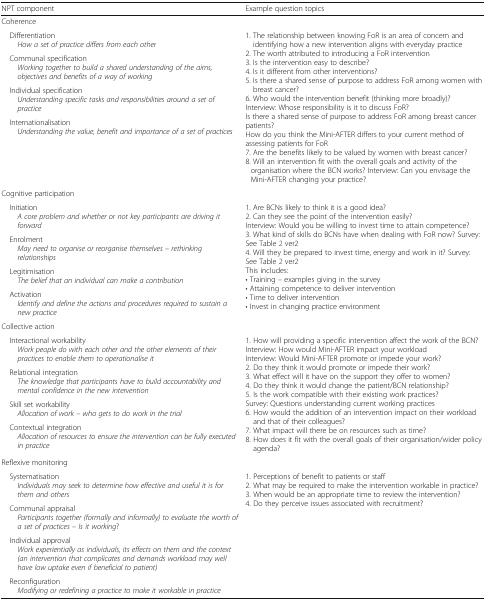
<table><thead><tr><td><b>NPT component</b></td><td><b>Example question topics</b></td></tr></thead><tbody><tr><td colspan="2">Coherence</td></tr><tr><td> Differentiation<i>How a set of practice differs from each other</i></td><td rowspan="4">1. The relationship between knowing FoR is an area of concern and identifying how a new intervention aligns with everyday practice2. The worth attributed to introducing a FoR intervention3. Is the intervention easy to describe?4. Is it different from other interventions?5. Is there a shared sense of purpose to address FoR among women with breast cancer?6. Who would the intervention benefit (thinking more broadly)?Interview: Whose responsibility is it to discuss FoR?Is there a shared sense of purpose to address FoR among breast cancer patients?How do you think the Mini-AFTER differs to your current method of assessing patients for FoR7. Are the benefits likely to be valued by women with breast cancer?8. Will an intervention fit with the overall goals and activity of the organisation where the BCN works? Interview: Can you envisage the Mini-AFTER changing your practice?</td></tr><tr><td> Communal specification<i>Working together to build a shared understanding of the aims, objectives and benefits of a way of working</i></td></tr><tr><td> Individual specification<i>Understanding specific tasks and responsibilities around a set of practice</i></td></tr><tr><td> Internationalisation<i>Understanding the value, benefit and importance of a set of practices</i></td></tr><tr><td colspan="2">Cognitive participation</td></tr><tr><td> Initiation<i>A core problem and whether or not key participants are driving it forward</i></td><td rowspan="4">1. Are BCNs likely to think it is a good idea?2. Can they see the point of the intervention easily?Interview: Would you be willing to invest time to attain competence?3. What kind of skills do BCNs have when dealing with FoR now? Survey: See Table 2 ver24. Will they be prepared to invest time, energy and work in it? Survey: See Table 2 ver2This includes:• Training – examples giving in the survey• Attaining competence to deliver intervention• Time to deliver intervention• Invest in changing practice environment</td></tr><tr><td> Enrolment<i>May need to organise or reorganise themselves – rethinking relationships</i></td></tr><tr><td> Legitimisation<i>The belief that an individual can make a contribution</i></td></tr><tr><td> Activation<i>Identify and define the actions and procedures required to sustain a new practice</i></td></tr><tr><td colspan="2">Collective action</td></tr><tr><td> Interactional workability<i>Work people do with each other and the other elements of their practices to enable them to operationalise it</i></td><td rowspan="4">1. How will providing a specific intervention affect the work of the BCN?Interview: How would Mini-AFTER impact your workloadInterview: Would Mini-AFTER promote or impede your work?2. Do they think it would promote or impede their work?3. What effect will it have on the support they offer to women?4. Do they think it would change the patient/BCN relationship?5. Is the work compatible with their existing work practices?Survey: Questions understanding current working practices6. How would the addition of an intervention impact on their workload and that of their colleagues?7. What impact will there be on resources such as time?8. How does it fit with the overall goals of their organisation/wider policy agenda?</td></tr><tr><td> Relational integration<i>The knowledge that participants have to build accountability and mental confidence in the new intervention</i></td></tr><tr><td> Skill set workability<i>Allocation of work – who gets to do work in the trial</i></td></tr><tr><td> Contextual integration<i>Allocation of resources to ensure the intervention can be fully executed in practice</i></td></tr><tr><td colspan="2">Reflexive monitoring</td></tr><tr><td> Systematisation<i>Individuals may seek to determine how effective and useful it is for them and others</i></td><td rowspan="4">1. Perceptions of benefit to patients or staff2. What may be required to make the intervention workable in practice?3. When would be an appropriate time to review the intervention?4. Do they perceive issues associated with recruitment?</td></tr><tr><td> Communal appraisal<i>Participants together (formally and informally) to evaluate the worth of a set of practices – Is it working</i>?</td></tr><tr><td> Individual approval<i>Work experientially as individuals, its effects on them and the context (an intervention that complicates and demands workload may well have low uptake even if beneficial to patient)</i></td></tr><tr><td> Reconfiguration<i>Modifying or redefining a practice to make it workable in practice</i></td></tr></tbody></table>